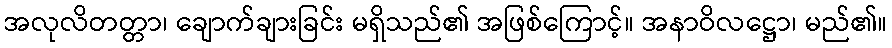
အလုလိတတ္တာ၊ ချောက်ချားခြင်း မရှိသည်၏ အဖြစ်ကြောင့်။ အနာဝိလဋ္ဌော၊ မည်၏။